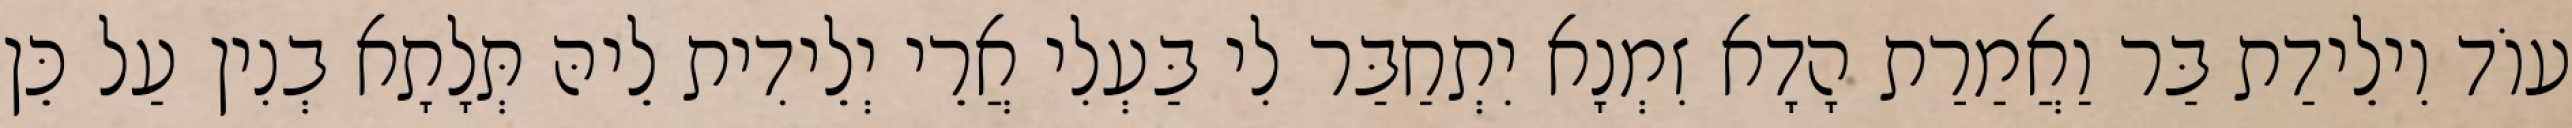
עוֹד וִילֵידַת בַּר וַאֲמַרַת הָדָא זִמְנָא יִתְחַבַּר לִי בַּעְלִי אֲרֵי יְלֵידִית לֵיהּ תְּלָתָא בְנִין עַל כֵּן